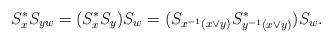
LaTeX: \begin{align*}S_x^*S_{yw}=(S_x^*S_{y})S_w=(S_{x^{-1}(x \vee y)}S_{y^{-1}(x \vee y)}^*)S_{w}.\end{align*}